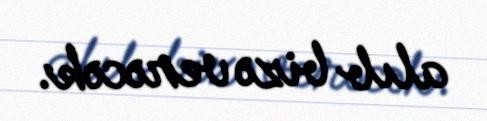
alıb bizə verəcək.